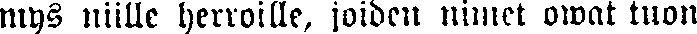
mys niille herroille, joiden nimet owat tuon